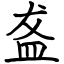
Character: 盋